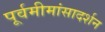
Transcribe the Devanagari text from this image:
पूर्वमीमांसादर्शन